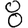
Digit: 8